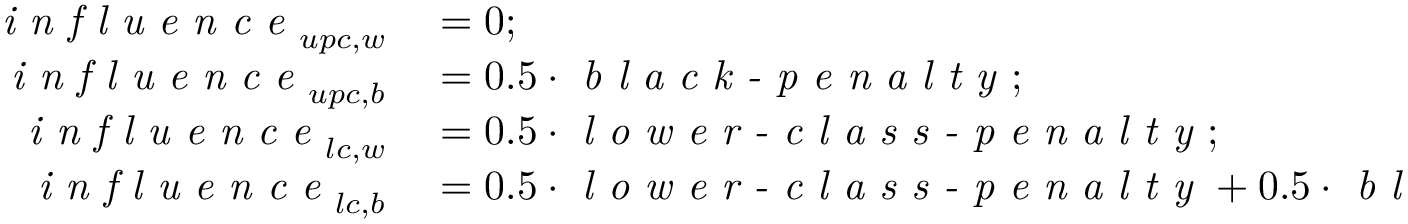
\begin{array} { r l } { \textit { i n f l u e n c e } _ { u p c , w } } & { { } = 0 ; } \\ { \textit { i n f l u e n c e } _ { u p c , b } } & { { } = 0 . 5 \cdot \textit { b l a c k - p e n a l t y } ; } \\ { \textit { i n f l u e n c e } _ { l c , w } } & { { } = 0 . 5 \cdot \textit { l o w e r - c l a s s - p e n a l t y } ; } \\ { \textit { i n f l u e n c e } _ { l c , b } } & { { } = 0 . 5 \cdot \textit { l o w e r - c l a s s - p e n a l t y } + 0 . 5 \cdot \textit { b l a c k - p e n a l t y } . } \end{array}